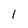
Character: 1